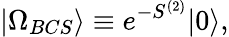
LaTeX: |\Omega_{BCS}\rangle\equiv e^{-S^{(2)}}|0\rangle,